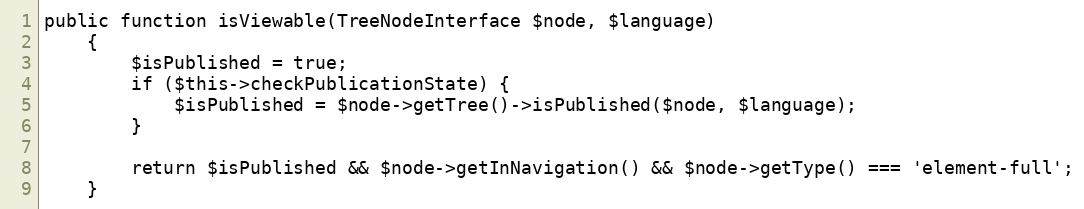
Language: PHP
public function isViewable(TreeNodeInterface $node, $language)
    {
        $isPublished = true;
        if ($this->checkPublicationState) {
            $isPublished = $node->getTree()->isPublished($node, $language);
        }

        return $isPublished && $node->getInNavigation() && $node->getType() === 'element-full';
    }